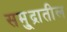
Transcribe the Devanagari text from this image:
समु्द्रातील